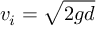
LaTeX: \ v _ { i } = { \sqrt { 2 g d } }